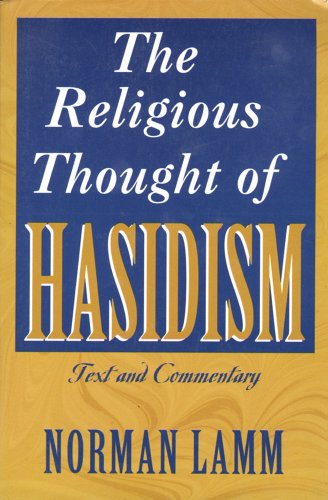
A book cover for The Religious Thought of Hasidism: Text and Commentary (Sources and Studies in Kabbalah, Hasidism, and Jewish Thought, V. 4); Religion & Spirituality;